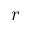
r